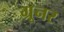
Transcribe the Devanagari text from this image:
ग्रूनर